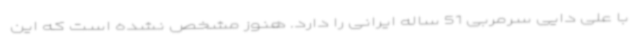
با علی دایی سرمربی 51 ساله ایرانی را دارد. هنوز مشخص نشده است که این